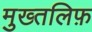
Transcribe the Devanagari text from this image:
मुख्तलिफ़